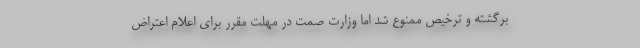
برگشته و ترخیص ممنوع شد اما وزارت صمت در مهلت مقرر برای اعلام اعتراض